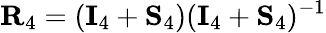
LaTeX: \mathbf{R}_{4}=(\mathbf{I}_{4}+\mathbf{S}_{4})(\mathbf{I}_{4}+\mathbf{S}_{4})^{-1}